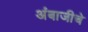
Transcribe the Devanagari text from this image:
अंबाजीचे